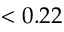
< 0 . 2 2